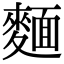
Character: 麵